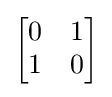
\textstyle {\begin{bmatrix}0&1\\1&0\end{bmatrix}}